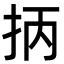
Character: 抦